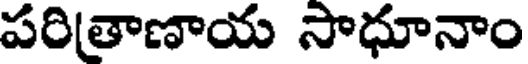
పరితాణాయ సాధూనాం